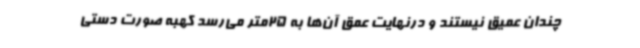
چندان عمیق نیستند و درنهایت عمق آن‌ها به 25متر می‌رسد کهبه صورت دستی